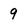
Character: 9